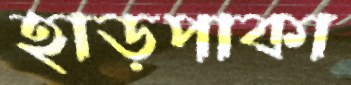
হাড়পাকা